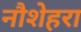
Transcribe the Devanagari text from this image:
नौशेहरा